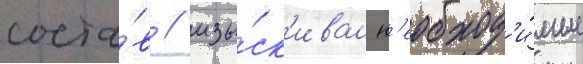
соста́в / изы́ск'ивал н'еобход'и́мые